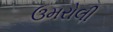
ઉમરોલી